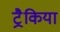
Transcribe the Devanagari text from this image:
ट्रैकिया